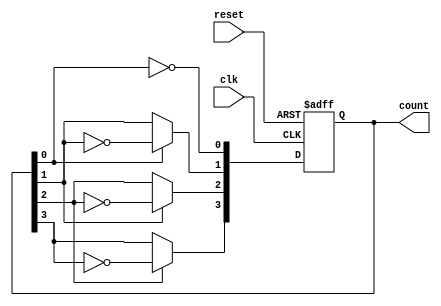
module async_ripple_counter #(
    parameter N = 4  // Number of bits in the counter
)(
    input wire clk,       // Clock input
    input wire reset,     // Asynchronous reset
    output reg [N-1:0] count // Counter output
);

// Always block for the counter operation
always @(posedge clk or posedge reset) begin
    if (reset) begin
        count <= 0; // Reset the counter to 0
    end else begin
        count[0] <= ~count[0]; // Toggle LSB
        // Ripple effect for the remaining bits
        count[1] <= count[0] ? ~count[1] : count[1];
        count[2] <= count[1] ? ~count[2] : count[2];
        count[3] <= count[2] ? ~count[3] : count[3];
        // Add more lines for additional bits if N > 4
    end
end

endmodule